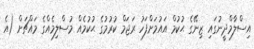
އިސްލާމްދީނުގައި ޒިނޭގެ ޙުކުމް އައުމަށްފަހު ރަޖަމް ކުރުމުގެ ޙުކުމެއް މުސްލިމެއްގެ މައްޗަށް (އެ